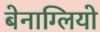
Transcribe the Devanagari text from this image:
बेनाग्लियो